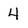
Character: 4